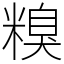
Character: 糗